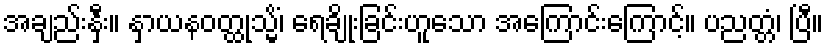
အချည်းနှီး။ နှာယနဝတ္ထုသ္မိံ၊ ရေချိုးခြင်းဟူသော အကြောင်းကြောင့်။ ပညတ္တံ၊ ပြီ။